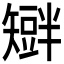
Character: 𥐆